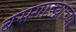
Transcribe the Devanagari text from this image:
बसगाड्यांच्या